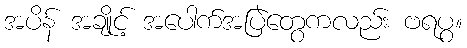
အပိန် အချိုင့် အပေါက်အပြဲတွေကလည်း ဗရပွ။